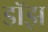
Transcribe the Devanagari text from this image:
डॉझ